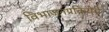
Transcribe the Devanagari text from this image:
विभाजनप्रक्रियेचे